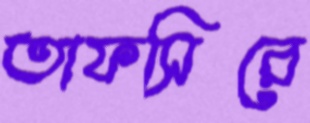
তাফসিরে